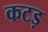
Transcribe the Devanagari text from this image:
कटड़